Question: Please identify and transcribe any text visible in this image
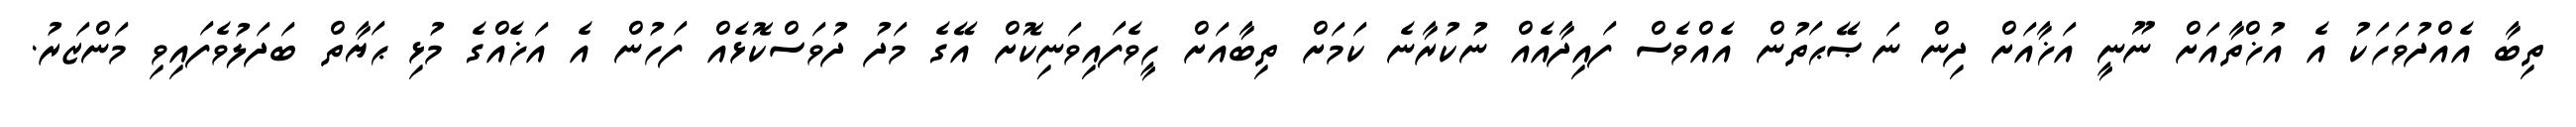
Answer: ތިބާ އެއްދުވަހަކު އެ އުޚްތާއަށް ނޫނީ އަޚާއަށް ދިން ނަޞޭޙަތުން އެއްވެސް ފައިދާއެއް ނުކުރާނެ ކަމަށް ތިބާއަށް ހީވެފައިވަނިކޮށް އޭގެ މަދު ދުވަސްކޮޅެއް ފަހުން އެ އަޚެއްގެ މުޅި ޙަޔާތް ބަދަލުވެފައިވި މަންޒަރު.